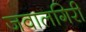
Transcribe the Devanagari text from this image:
जवालगिरी